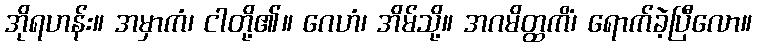
အိုရဟန်း။ အမှာကံ၊ ငါတို့၏။ ဂေဟံ၊ အိမ်သို့။ အဂမိတ္ထကိံ၊ ရောက်ခဲ့ပြီလော။